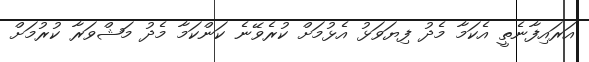
އަރައިފާނެތީ އެކަމާ މެދު ފިޔަވަޅު އެޅުމަށް ކުރެވޭނެ ކަންކަމާ މެދު މަޝްވަރާ ކުރުމަށް